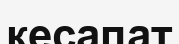
кесапат